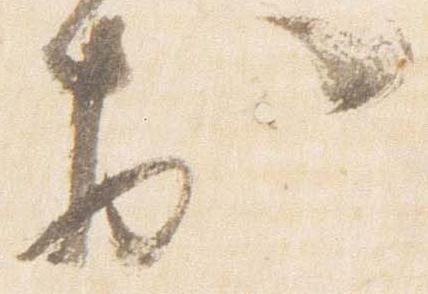
於